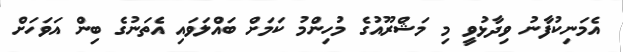
އެމަނިކުފާނު ވިދާޅުވީ މި މަޝްރޫއުގެ މުހިންމު ކަމަށް ބައްލަވައި އެތަނުގެ ބިން އަވަހަށް